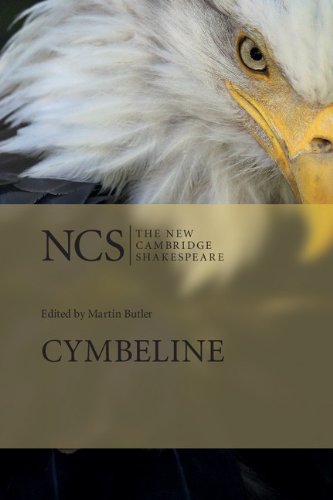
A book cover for Cymbeline (The New Cambridge Shakespeare); William Shakespeare; Literature & Fiction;